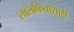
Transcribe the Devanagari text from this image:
लालफिताशाही